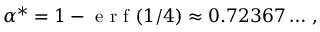
\alpha ^ { * } = 1 - \textrm { e r f } ( 1 / 4 ) \approx 0 . 7 2 3 6 7 \dots \, ,